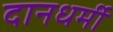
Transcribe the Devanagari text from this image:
दानधर्मी